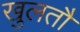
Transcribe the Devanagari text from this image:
खुलतौ